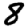
Digit: 8